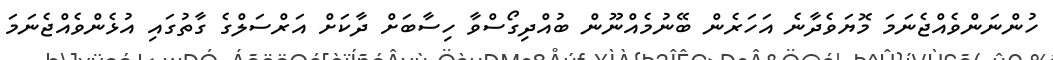
ހުންނަންވެއްޖެނަމަ މޮޔަވެދާނެ އަހަރެން ބޭނުމެއްނޫން ބުއްދިގޯސްވާ ހިސާބަށް ދާކަށް އަރްސަލްގެ ގާތުގައި އުޅެންވެއްޖެނަމަ